Lunatic asylums Central Provinces reports 1874-1885 - 1874-1885
Year: 1874
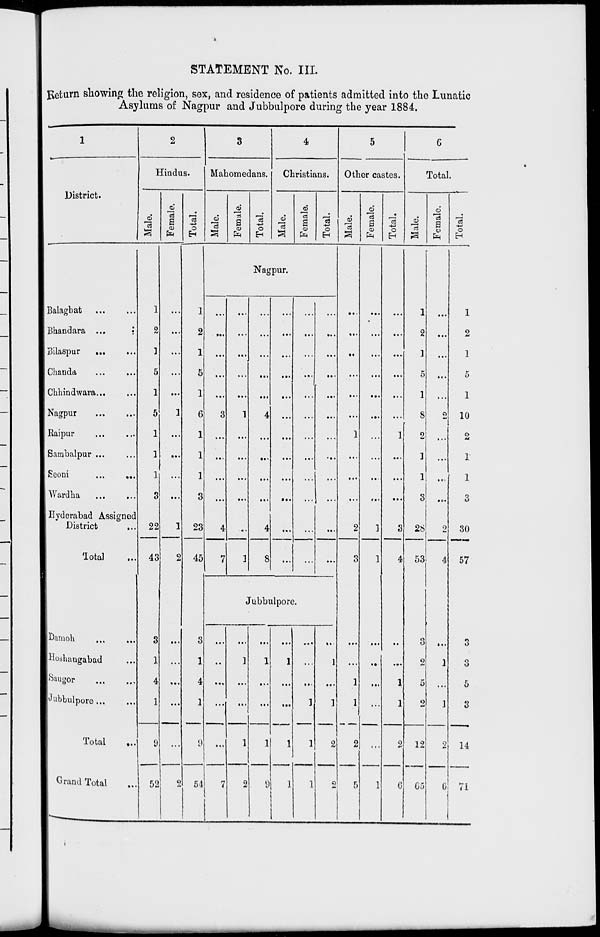
STATEMENT No. III.
Return showing the religion, sex, and residence of patients admitted into the Lunatic
Asylums of Nagpur and Jubbulpore during the year 1884.
1
District.
Balagbat ... ...
Bhandara ... ...
Bilaspur ... ...
Chanda ... ...
Chhindwara ... ...
Nagpur
...
...
Raipur ... ...
Sambalpur ... ...
Seoni
...
...
Wardha
...
...
Hyderabad Assigned
District ...
Total
...
Damoh
...
...
Hoshangabad ...
Saugor
...
...
Jubbulpore ... ...
Total ...
Grand Total ...
2
Hindus.
Male.
1
2
1
5
1
5
1
1
1
3
22
43
3
1
4
1
9
52
Female.
...
...
...
...
...
1
...
...
...
...
1
2
...
...
...
...
...
2
Total.
1
2
1
5
1
6
1
1
1
3
23
45
3
1
4
1
9
54
3
Mahomedans.
Male.
Female.
Total.
4
Christians.
Male.
Female.
Total.
Nagpur.
...
...
...
...
...
3
...
...
...
...
4
7
...
...
...
...
...
1
...
...
...
...
...
1
...
...
...
...
...
4
...
...
...
...
4
8
...
...
...
...
...
...
...
...
...
...
...
...
...
...
...
...
...
...
...
...
...
...
...
...
...
...
...
...
...
...
...
...
...
...
...
...
Jubbulpore.
...
..
...
...
...
7
...
1
...
...
1
2
...
1
...
...
1
9
...
1
...
...
1
1
...
...
...
1
1
1
...
1
...
1
2
2
5
Other castes.
Male.
...
...
...
...
...
...
1
...
...
...
2
3
...
...
1
1
2
5
Female.
...
...
...
...
....
...
...
...
...
...
1
1
...
...
...
...
...
1
Total.
...
...
...
...
...
...
1
...
...
...
3
4
...
...
1
1
2
6
6
Total.
Male.
1
2
1
5
1
8
2
1
1
3
28
53
3
2
5
2
12
65
Female.
...
...
...
...
...
2
...
...
...
...
2
4
....
1
...
1
2
6
Total.
1
2
1
5
1
10
2
1
1
3
30
57
3
3
5
3
14
71